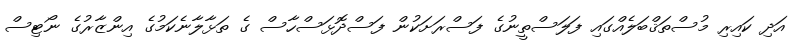
އަދި ކައިރި މުސްތަޤްބަލެއްގައި ފަލަސްތީނުގެ ފަސްރަށަކުން ފަސްދޮޅަސްހާސް ގެ ތަޅާލާނެކަމުގެ އިންޒާރުގެ ނޯޓިސް